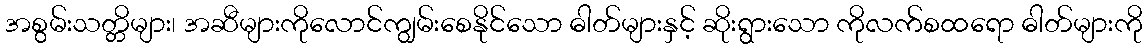
အစွမ်းသတ္တိများ၊ အဆီများကိုလောင်ကျွမ်းစေနိုင်သော ဓါတ်များနှင့် ဆိုးရွားသော ကိုလက်စထရော ဓါတ်များကို